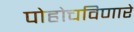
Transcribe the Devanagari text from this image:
पोहोचविणारे